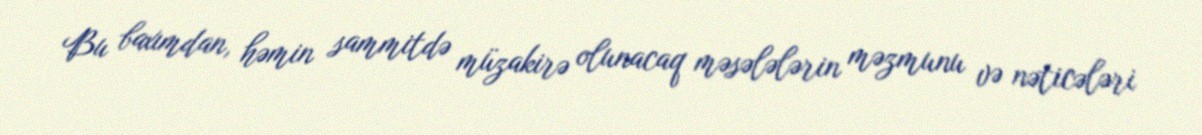
Bu baxımdan, həmin sammitdə müzakirə olunacaq məsələlərin məzmunu və nəticələri